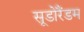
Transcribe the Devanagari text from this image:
सूडोरैंडम